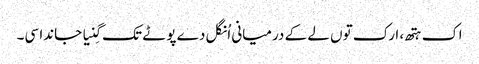
اک ہتھ، ارک توں لے کے درمیانی اُنگل دے پوٹے تک گِنیا جاندا سی۔